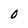
Character: 0